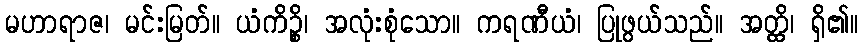
မဟာရာဇ၊ မင်းမြတ်။ ယံကိဉ္စိ၊ အလုံးစုံသော။ ကရဏီယံ၊ ပြုဖွယ်သည်။ အတ္ထိ၊ ရှိ၏။